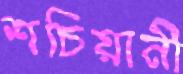
শচিয়ানী